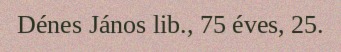
Dénes János lib., 75 éves, 25.